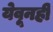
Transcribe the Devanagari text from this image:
येवूनही